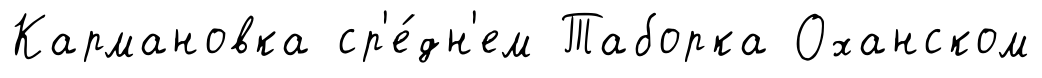
Кармановка ср'е́дн'ем Таборка Оханском